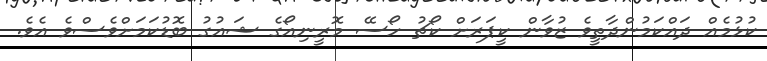
ކުޅުމެއް ދައްކަމުންދާތީވެ ޒުވާން ކީޕަަރަށް ކޯޗު ހޯސޭ މޮރީނިއޯގެ ޝައުގު ބޮޑުކަމަށްވެސްވެ އެވެ.